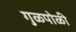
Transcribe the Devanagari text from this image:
गु़ळपोळी